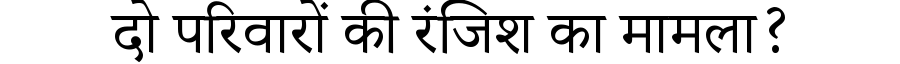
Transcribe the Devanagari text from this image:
दो परिवारों की रंजिश का मामला?